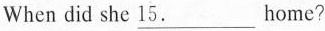
When did she \underline{15.} home?